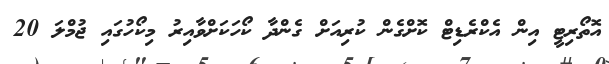
އޮތޯރިޓީ އިން އެކްރެޑިޓް ކޮށްގެން ކުރިއަށް ގެންދާ ކޯހަކަށްވާއިރު މިކޯހުގައި ޖުމްލަ 20